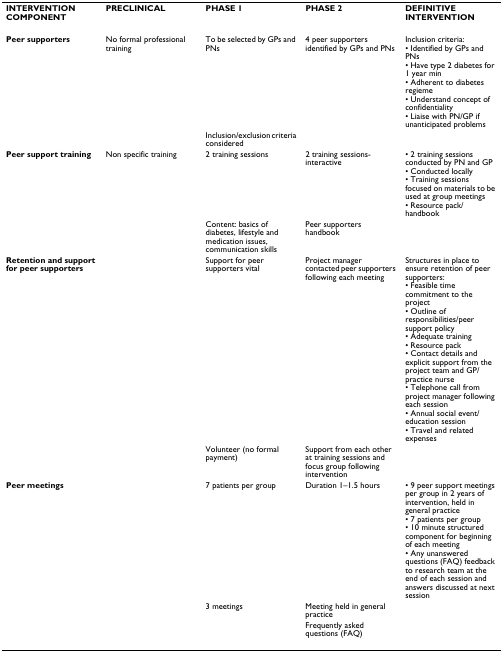
| INTERVENTION COMPONENT | PRECLINICAL | PHASE 1 | PHASE 2 | DEFINITIVE INTERVENTION |
 | --- | --- | --- | --- | --- |
 | Peer supporters | No formal professional training | To be selected by GPs and PNs | 4 peer supporters identified by GPs and PNs | Inclusion criteria:• Identified by GPs and PNs• Have type 2 diabetes for 1 year min• Adherent to diabetes regieme• Understand concept of confidentiality• Liaise with PN/GP if unanticipated problems |
 |  |  | Inclusion/exclusion criteria considered |  |  |
 | Peer support training | Non specific training | 2 training sessions | 2 training sessions- interactive | • 2 training sessions conducted by PN and GP• Conducted locally• Training sessions focused on materials to be used at group meetings• Resource pack/handbook |
 |  |  | Content: basics of diabetes, lifestyle and medication issues, communication skills | Peer supporters handbook |  |
 | Retention and support for peer supporters |  | Support for peer supporters vital | Project manager contacted peer supporters following each meeting | Structures in place to ensure retention of peer supporters:• Feasible time commitment to the project• Outline of responsibilities/peer support policy• Adequate training• Resource pack• Contact details and explicit support from the project team and GP/practice nurse• Telephone call from project manager following each session• Annual social event/education session• Travel and related expenses |
 |  |  | Volunteer (no formal payment) | Support from each other at training sessions and focus group following intervention |  |
 | Peer meetings |  | 7 patients per group | Duration 1–1.5 hours | • 9 peer support meetings per group in 2 years of intervention, held in general practice• 7 patients per group• 10 minute structured component for beginning of each meeting• Any unanswered questions (FAQ) feedback to research team at the end of each session and answers discussed at next session |
 |  |  | 3 meetings | Meeting held in general practice |  |
 |  |  |  | Frequently asked questions (FAQ) |  |